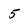
Character: 5